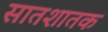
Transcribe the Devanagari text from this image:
सातशातक